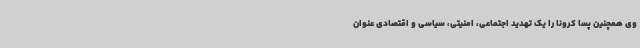
وی همچنین پسا کرونا را یک تهدید اجتماعی، امنیتی، سیاسی و اقتصادی عنوان